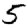
Digit: 5